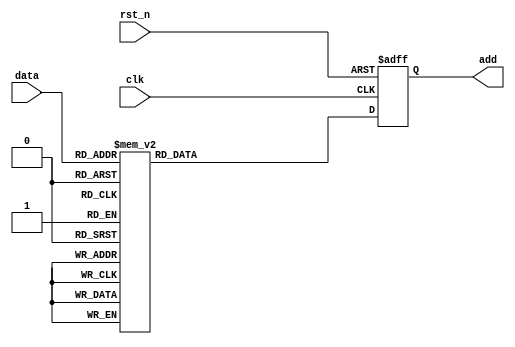
`timescale 1ns / 1ps

module caseswitch(
    input clk,
    input rst_n,

    input [3:0] data,

    output reg[2:0] add
    );

always @ (posedge clk or negedge rst_n) begin
    if (!rst_n)
        add <= 3'd0;
    else
        case(data)
            0,1,2,3: add <= 1;
            4,5,6,7: add <= 2;
            8,9,10,11: add <= 3;
            12,13,14,15: add <= 4;
            default: ;
        endcase
end
endmodule